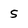
Character: 5